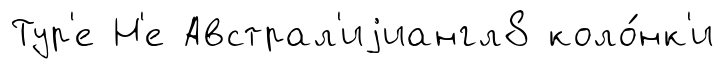
Тур'е Н'е Австрал'иjиангл8 коло́нк'и